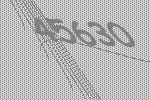
45630